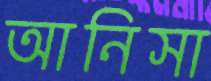
আনিসা